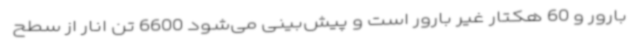
بارور و 60 هکتار غیر بارور است و پیش‌بینی می‌شود 6600 تن انار از سطح